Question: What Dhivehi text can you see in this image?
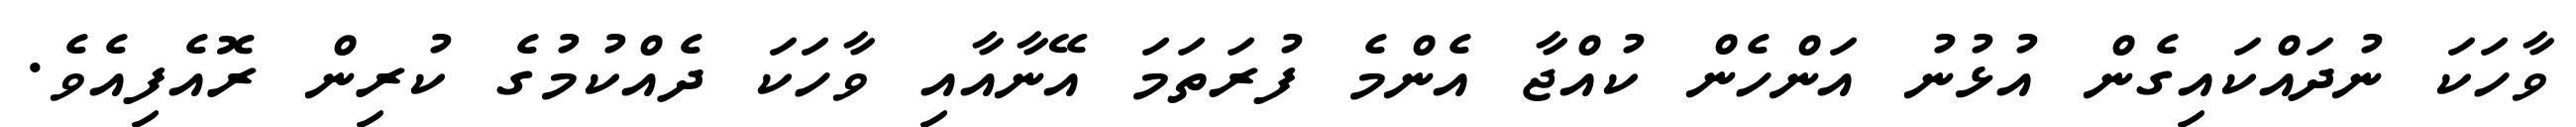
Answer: ވާހަކަ ނުދައްކައިގެން އުޅުނު އަންހެން ކުއްޖާ އެންމެ ފުރަތަމަ އޭނާއާއި ވާހަކަ ދެއްކުމުގެ ކުރިން ރޮއެފިއެވެ.